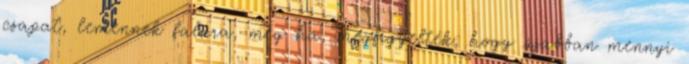
csapat, lemennek falura, még ha, megfigyelték, hogy újabban mennyi